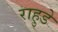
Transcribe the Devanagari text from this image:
राहुडे